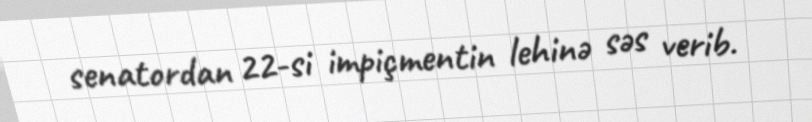
senatordan 22-si impiçmentin lehinə səs verib.